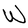
Character: W